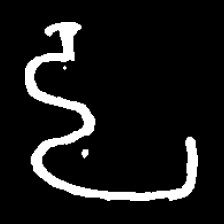
Pyu character \u2014 Myanmar letter: ဠ (romanized: lla)